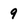
Character: 9